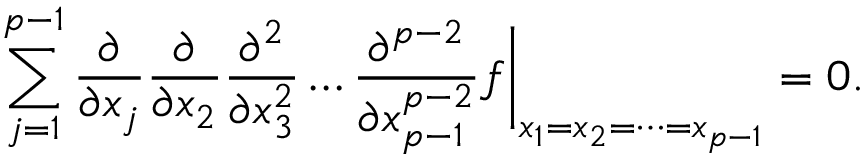
\sum _ { j = 1 } ^ { p - 1 } \frac { \partial } { \partial x _ { j } } \frac { \partial } { \partial x _ { 2 } } \frac { \partial ^ { 2 } } { \partial x _ { 3 } ^ { 2 } } \dots \frac { \partial ^ { p - 2 } } { \partial x _ { p - 1 } ^ { p - 2 } } f \biggr | _ { x _ { 1 } = x _ { 2 } = \dots = x _ { p - 1 } } = 0 .